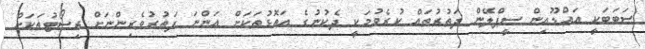
ސަބަބަކީ އައްޑޫއިން ސީޕްލޭން ދަތުރުތައް ކުރެވުމަކީ ދެކުނުގެ އަތޮޅުތަކަށް އަންނަ ފަތުރުވެރިންނަށް ރިސޯޓުތަކަށް